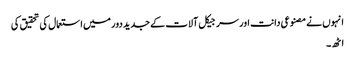
انہوں نے مصنوعی دانت اور سرجیکل آلات کے جدید دور میں استعمال کی تحقیق کی
اٹھ۔